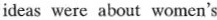
ideas were about women's